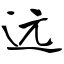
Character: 远